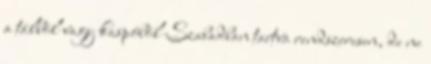
a tálból vagy kaspóból Szabadban tartva rendszeresen, de ne